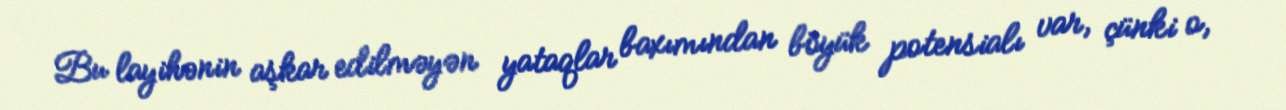
Bu layihənin aşkar edilməyən yataqlar baxımından böyük potensialı var, çünki o,